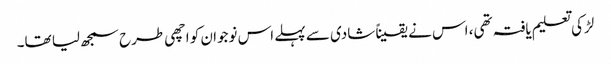
لڑکی تعلیم یافتہ تھی، اس نے یقیناً شادی سے پہلے اس نوجوان کو اچھی طرح سمجھ لیا تھا۔